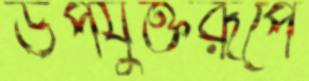
উপযুক্তরূপে